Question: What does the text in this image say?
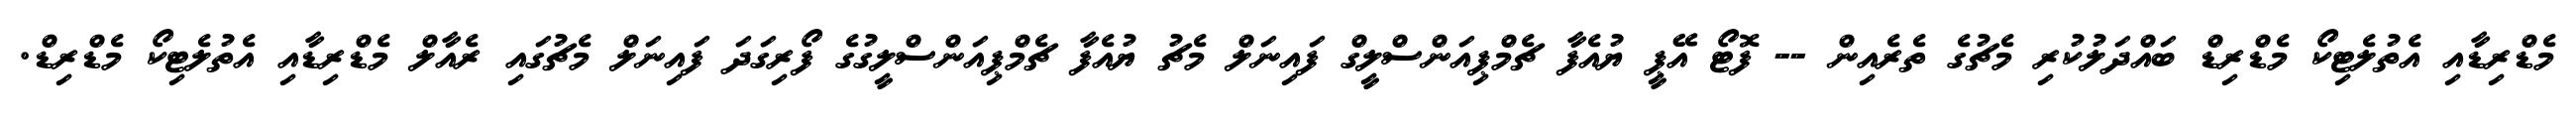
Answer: މެޑްރިޑާއި އެތުލެޓިކޯ މެޑްރިޑް ބައްދަލުކުރި މެޗުގެ ތެރެއިން -- ފޮޓޯ އޭޕީ ޔުއެފާ ޗެމްޕިއަންސްލީގް ފައިނަލް މެޗު ޔުއެފާ ޗެމްޕިއަންސްލީގުގެ ފޯރިގަދަ ފައިނަލް މެޗުގައި ރެއާލް މެޑްރިޑާއި އެތުލެޓިކޯ މެޑްރިޑް.